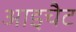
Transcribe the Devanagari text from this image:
आइचैट